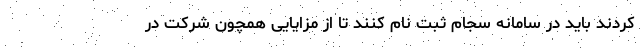
کردند باید در سامانه سجام ثبت نام کنند تا از مزایایی همچون شرکت در